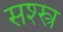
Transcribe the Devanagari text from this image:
सश्स्त्र